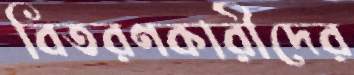
বিতরণকারীদের